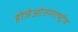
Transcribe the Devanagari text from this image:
होजेआंतरराष्ट्रीय